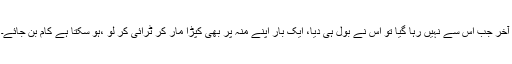
آخر جب اس سے نہیں رہا گیا تو اس نے بول ہی دیا، ایک بار اپنے منہ پر بھی کپڑا مار کر ٹرائی کر لو ،ہو سکتا ہے کام بن جائے۔